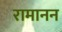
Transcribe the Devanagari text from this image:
रामानन